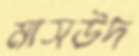
মাসউদ